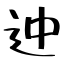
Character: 迚